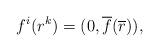
LaTeX: \begin{align*}f^{i}(r^{k})=(0, {\overline f}(\overline r)),\end{align*}